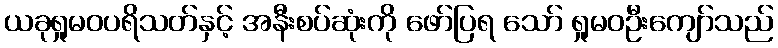
ယခုရှုမဝပရိသတ်နှင့် အနီးစပ်ဆုံးကို ဖော်ပြရ သော် ရှုမဝဦးကျော်သည်